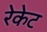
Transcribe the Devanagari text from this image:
रेकेट